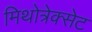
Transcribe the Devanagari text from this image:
मिथोत्रेक्सेट